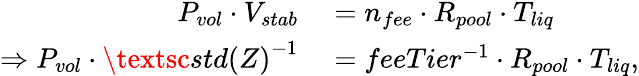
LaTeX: \begin{array}{rl}{P_{vol}\cdot V_{stab}}&{{}=n_{fee}\cdot R_{pool}\cdot T_{liq}}\\ {\Rightarrow P_{vol}\cdot\textsc{std(Z)}^{-1}}&{{}=feeTier^{-1}\cdot R_{pool}\cdot T_{liq},}\end{array}